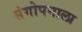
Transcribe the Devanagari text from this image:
संगोपनाला